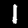
Digit: 1